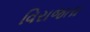
વિરાજતા